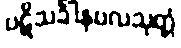
ပဋိသင်္ခါနဗလသုတ္တံ